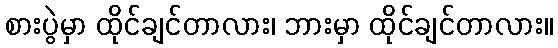
စားပွဲမှာ ထိုင်ချင်တာလား၊ ဘားမှာ ထိုင်ချင်တာလား။